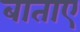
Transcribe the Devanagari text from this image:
बाताए